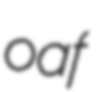
oaf